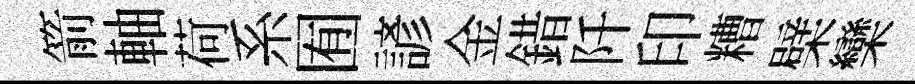
箭軸荷系囿諺金錯阡印糟檗欒